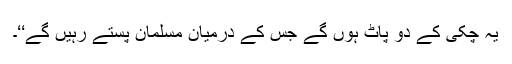
یہ چکی کے دو پاٹ ہوں گے جس کے درمیان مسلمان پستے رہیں گے‘‘۔